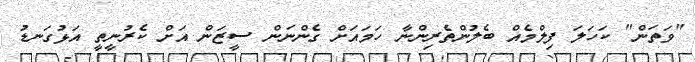
"ވަތަން" ކަހަލަ ފިލްމެއް ބެލުންތެރިންނާ ހަމައަށް ގެންނަން ސީޒަން އަށް ކެރުނީތީ އަޅުގަނޑު